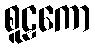
စူဠကော